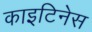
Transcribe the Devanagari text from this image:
काइटिनेस